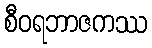
စီဝရဘာဇကဿ